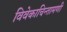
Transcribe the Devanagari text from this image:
विवेकाचिन्तामणी